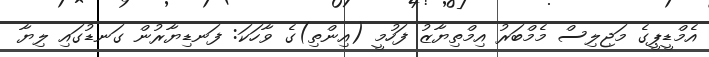
އެމްޑީޕީގެ މަޖިލިސް މެމްބަރު އިމްތިޔާޒު ފަހުމީ (އިންތި)ގެ ވާހަކަ: ފަނޑިޔާރުން ގަނޑުގައި ލިޔާ